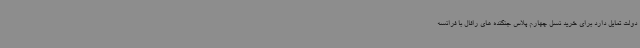
دولت تمایل دارد برای خرید نسل چهارم پلاس جنگنده های رافال با فرانسه